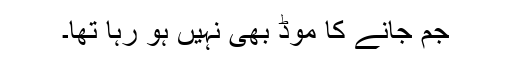
جم جانے کا موڈ بھی نہیں ہو رہا تھا۔